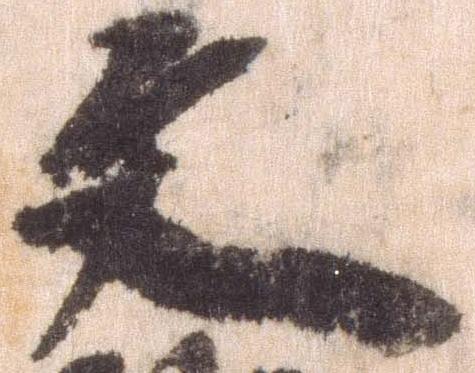
文